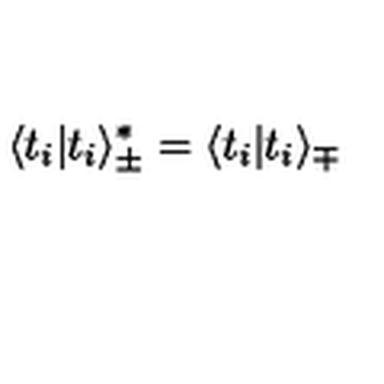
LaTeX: \langle t _ { i } | t _ { i } \rangle _ { \pm } ^ { * } = \langle t _ { i } | t _ { i } \rangle _ { \mp }